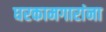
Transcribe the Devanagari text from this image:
घरकामगारांना